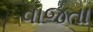
વાજતા